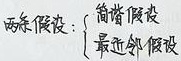
两条假设：
\(\begin{cases}
\text{简谐假设}\\
\text{最近邻假设}
\end{cases}\)